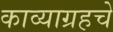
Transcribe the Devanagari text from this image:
काव्याग्रहचे